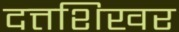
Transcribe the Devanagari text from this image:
दत्तशिखर